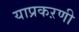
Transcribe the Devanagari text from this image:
याप्रकऱणी